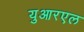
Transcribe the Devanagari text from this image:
युआरएल